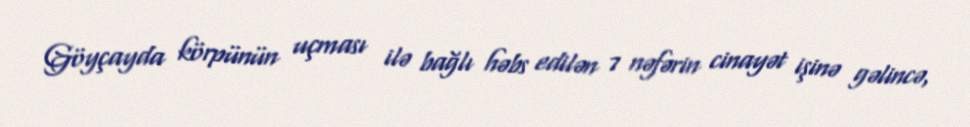
Göyçayda körpünün uçması ilə bağlı həbs edilən 7 nəfərin cinayət işinə gəlincə,